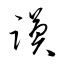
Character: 謨